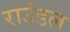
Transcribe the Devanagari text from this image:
राउंडल